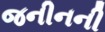
જનીનની